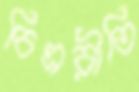
চিত্ররীতি